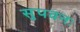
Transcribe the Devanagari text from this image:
सुपवनः